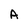
Character: A